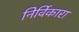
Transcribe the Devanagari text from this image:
निर्विकारा